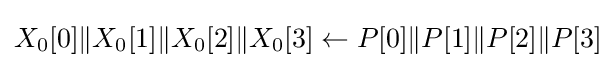
X_{0}[0]\|X_{0}[1]\|X_{0}[2]\|X_{0}[3]\leftarrow P[0]\|P[1]\|P[2]\|P[3]